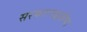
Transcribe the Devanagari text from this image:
सरकारपद्धतीचा